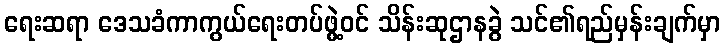
ရေးဆရာ ဒေသခံကာကွယ်ရေးတပ်ဖွဲ့ဝင် သိန်းဆုဌာနခွဲ သင်၏ရည်မှန်းချက်မှာ